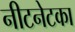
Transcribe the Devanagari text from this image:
नीटनेटका